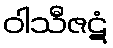
ဝါသီဇဋံ